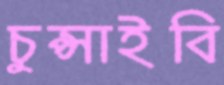
চুপ্‌সাইবি